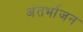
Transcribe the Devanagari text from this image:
अंतर्भाजन